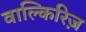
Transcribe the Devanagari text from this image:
वाल्किरिज़